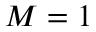
M = 1